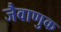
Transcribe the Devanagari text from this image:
जैवाणुक